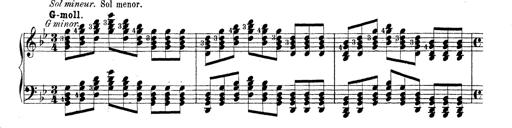
Title: Technische Studien
Composer: Franz Liszt